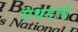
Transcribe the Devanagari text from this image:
मंथनाचे